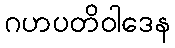
ဂဟပတိဝါဒေန